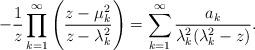
LaTeX: \begin{align*}-\frac{1}{z}\prod\limits_{k=1}^{\infty}\Bigg( \frac{z-\mu_{k}^{2}}{z-\lambda_{k}^{2}} \Bigg)=\sum\limits_{k=1}^{\infty}\frac{a_k}{\lambda_k^2(\lambda_{k}^{2}-z)} . \end{align*}